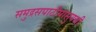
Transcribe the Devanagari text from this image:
समुद्रसपाटीपासुनची